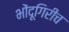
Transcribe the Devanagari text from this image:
भोंदूगिरीच